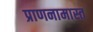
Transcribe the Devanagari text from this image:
प्राणनामास्त